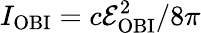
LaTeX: I_{\mathrm{{OBI}}}=c\mathcal{E}_{\mathrm{{OBI}}}^{2}/8\pi